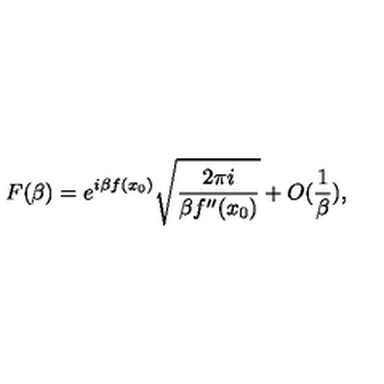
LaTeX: F ( \beta ) = e ^ { i \beta f ( x _ { 0 } ) } \sqrt { \frac { 2 \pi i } { \beta f ^ { \prime \prime } ( x _ { 0 } ) } } + O ( \frac { 1 } { \beta } ) ,